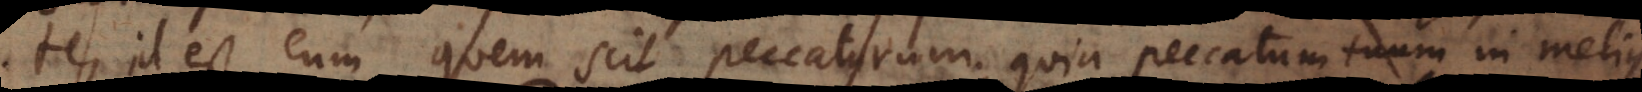
te, id est eum quem scit peccaturum, quia peccatum tuum in melius